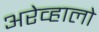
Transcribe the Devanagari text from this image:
अरेव्हालो